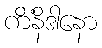
ကိံနိဒါနော